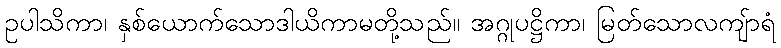
ဥပါသိကာ၊ နှစ်ယောက်သောဒါယိကာမတို့သည်။ အဂ္ဂုပဋ္ဌိကာ၊ မြတ်သောလကျ်ာရံ